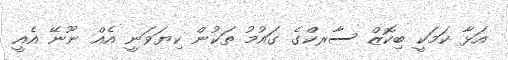
އަޅާ ކަމަކީ ބިކޮޒް ސާރކްގެ ގައުމު ތަކުން ކިޔަވަނީ އެއް ނޫނޭ އެއީ